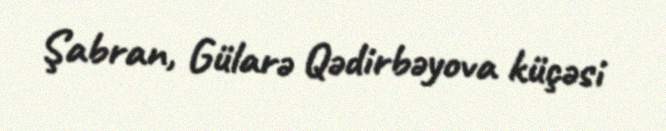
Şabran, Gülarə Qədirbəyova küçəsi